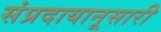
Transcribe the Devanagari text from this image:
संप्रदायानूसारी